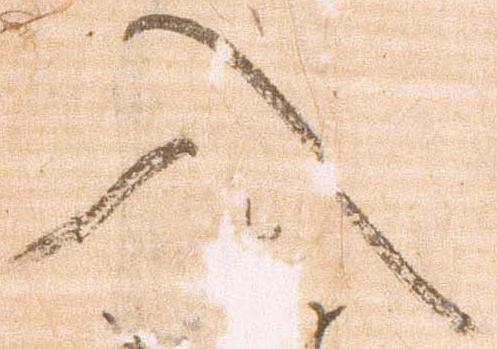
入